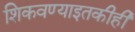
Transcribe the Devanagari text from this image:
शिकवण्याइतकीही